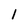
Character: l